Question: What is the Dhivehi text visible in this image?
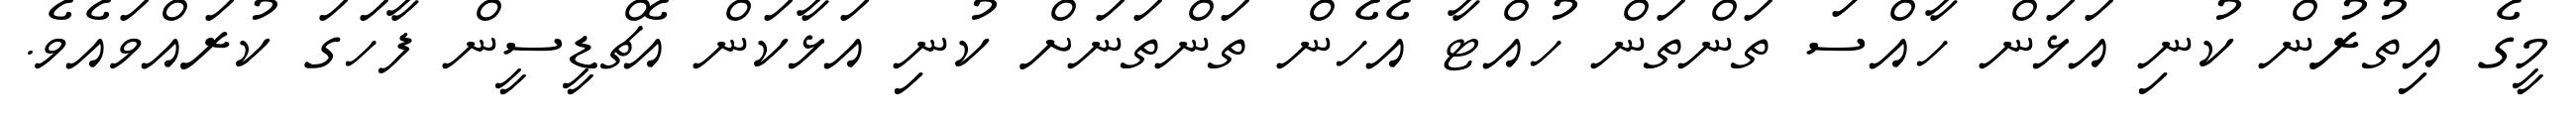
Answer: މީގެ އިތުރުން ކުނި އަޅަން ހާއްސަ ތަންތަން ހުއްޓާ އެހެން ތަންތަނަށް ކުނި އަޅާކަން އެޗްޑީސީން ފާހަގަ ކުރައްވައެވެ.